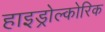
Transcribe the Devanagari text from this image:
हाइड्रोल्कोरिक